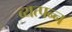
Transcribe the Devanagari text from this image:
व्‍यत्‍पन्‍न